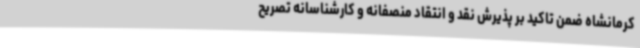
کرمانشاه ضمن تاکید بر پذیرش نقد و انتقاد منصفانه و کارشناسانه تصریح